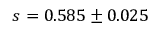
s = 0 . 5 8 5 \pm 0 . 0 2 5